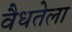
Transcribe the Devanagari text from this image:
वैधतेला